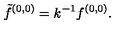
{ \tilde { f } ^ { ( 0 , 0 ) } = k ^ { - 1 } f ^ { ( 0 , 0 ) } . }